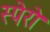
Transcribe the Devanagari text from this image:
स्पेरो